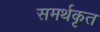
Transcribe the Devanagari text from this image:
समर्थकृत